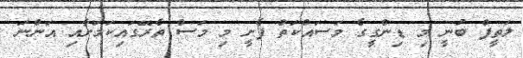
ލަތީފް ބުނީ މި ޑިންގީގެ މަސައްކަތް ފެށީ މި މަސް ތެރޭގައިކަމަށާއި އަންނަ